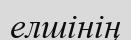
елшінің